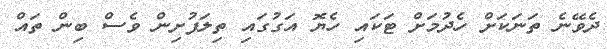
ދެވޭނެ ތަނަކަށް ހެދުމަށް ޓަކައި ހެޔޮ އަގުގައި ތިލަފުށިން ވެސް ބިން ތައް